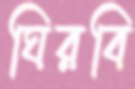
ঘিরবি